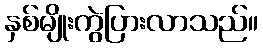
နှစ်မျိုးကွဲပြားလာသည်။